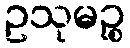
ဥသုမဉ္စ